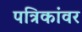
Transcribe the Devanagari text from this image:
पत्रिकांवर